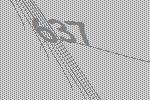
637